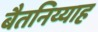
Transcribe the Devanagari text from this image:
बैतनिय्याह